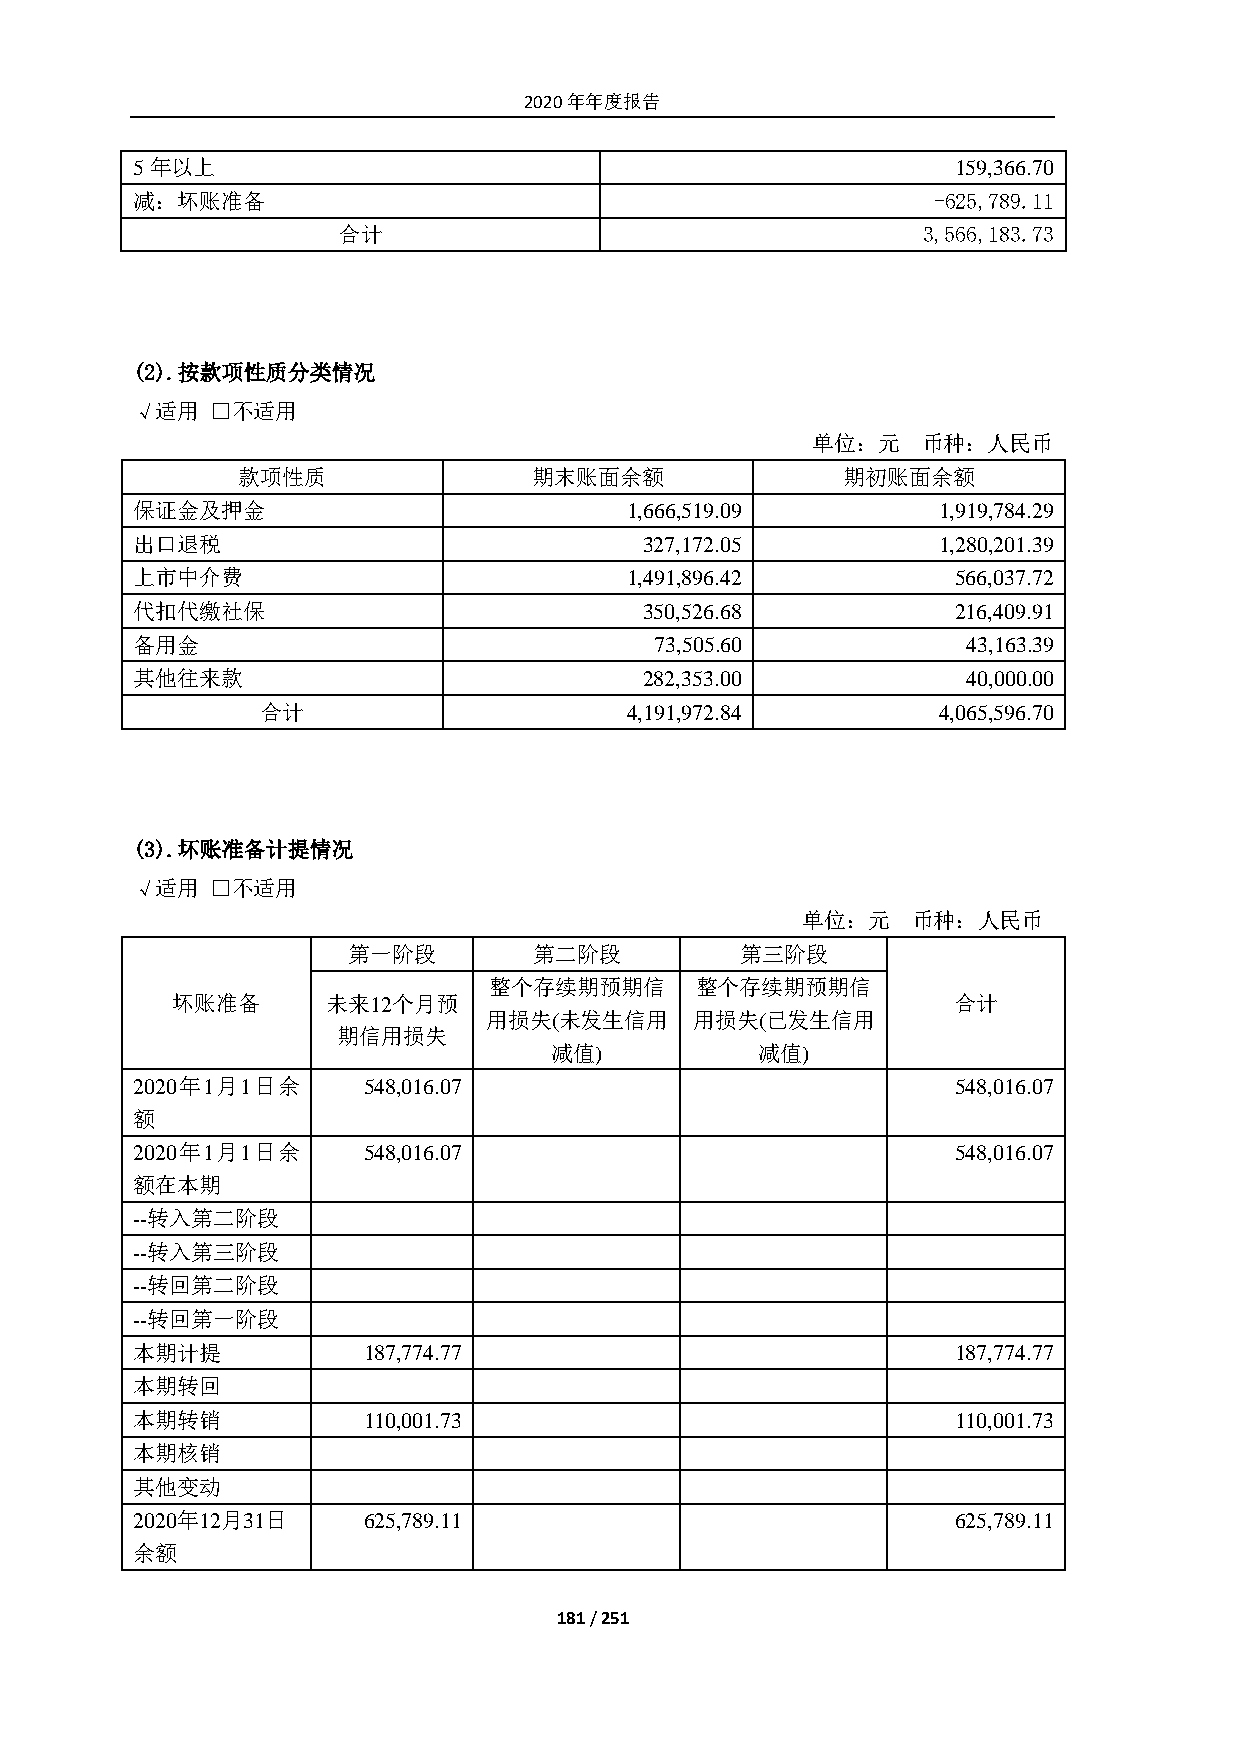
2020年年度报告
 5年以上                                                  159,366.70
 减：坏账准备                                               -625,789.11
 合计                                     3,566,183.73
 (2). 按款项性质分类情况
 √适用  □不适用
 单位：元   币种：人民币
 款项性质               期末账面余额               期初账面余额
 保证金及押金                          1,666,519.09         1,919,784.29
 出口退税                              327,172.05         1,280,201.39
 上市中介费                           1,491,896.42          566,037.72
 代扣代缴社保                            350,526.68          216,409.91
 备用金                               73,505.60            43,163.39
 其他往来款                             282,353.00           40,000.00
 合计                      4,191,972.84         4,065,596.70
 (3). 坏账准备计提情况
 √适用  □不适用
 单位：元   币种：人民币
 第一阶段        第二阶段          第三阶段
 整个存续期预期信      整个存续期预期信
 坏账准备       未来12个月预                                  合计
 用损失(未发生信用     用损失(已发生信用
 期信用损失
 减值)           减值)
 2020年1月1日余     548,016.07                             548,016.07
 额
 2020年1月1日余     548,016.07                             548,016.07
 额在本期
 --转入第二阶段
 --转入第三阶段
 --转回第二阶段
 --转回第一阶段
 本期计提           187,774.77                             187,774.77
 本期转回
 本期转销           110,001.73                             110,001.73
 本期核销
 其他变动
 2020年12月31日    625,789.11                             625,789.11
 余额
 181 / 251